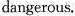
dangerous.